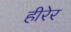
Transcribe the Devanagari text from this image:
हीरेर